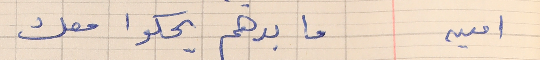
امين      ما بدهم يحكوا معك